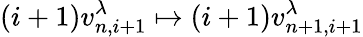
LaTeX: (i+1)v_{n,i+1}^{\lambda}\mapsto(i+1)v_{n+1,i+1}^{\lambda}